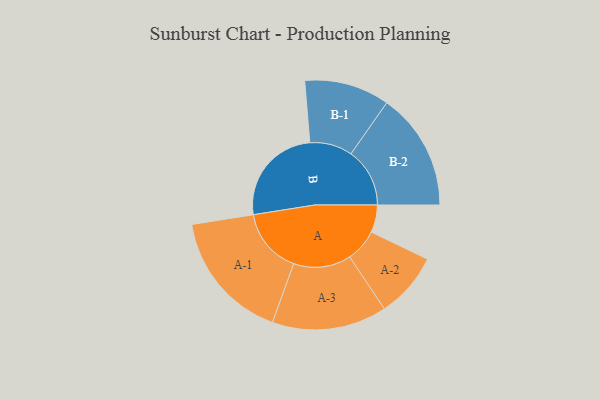
{"axis": {"x": "Segment", "y": "Value"}, "legend": ["", "A", "B"], "data": [{"x": "A", "y": 100, "type": ""}, {"x": "B", "y": 367, "type": ""}, {"x": "A-1", "y": 238, "type": "A"}, {"x": "A-2", "y": 119, "type": "A"}, {"x": "A-3", "y": 209, "type": "A"}, {"x": "B-1", "y": 155, "type": "B"}, {"x": "B-2", "y": 214, "type": "B"}]}